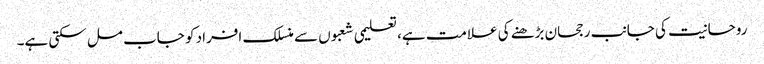
روحانیت کی جانب رجحان بڑھنے کی علامت ہے، تعلیمی شعبوں سے منسلک افراد کو جاب مل سکتی ہے۔